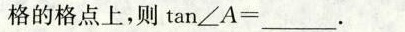
格的格点上，则$$\tan ∠ A = ___$$.